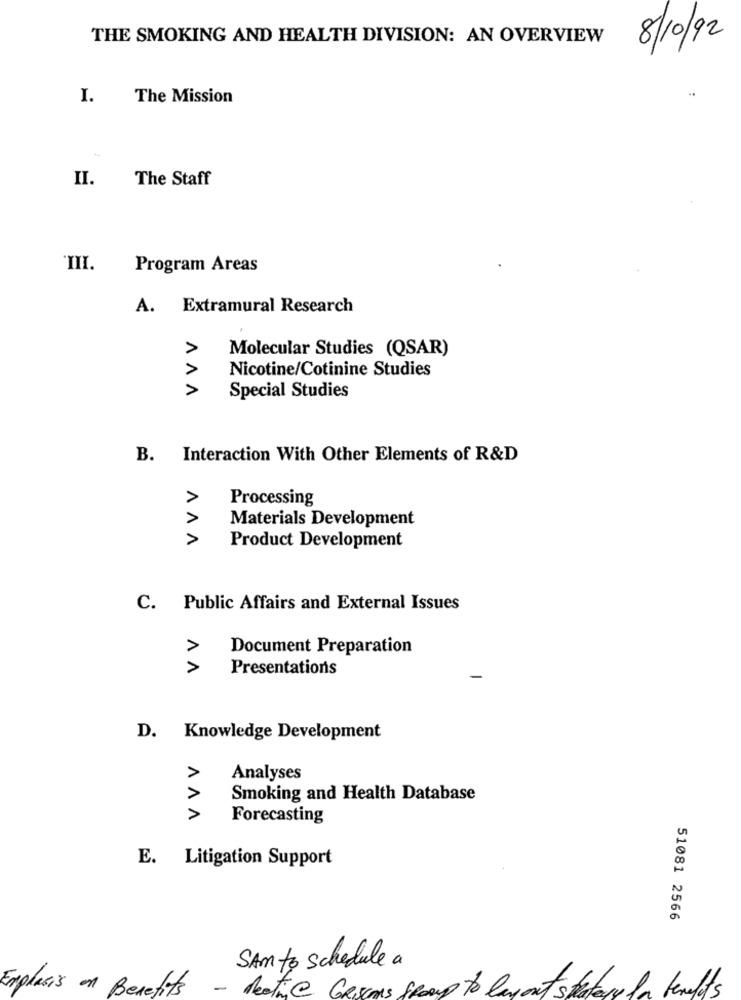
THE SMOKING AND HEALTH DIVISION: AN OVERVIEW
8/10/92
..
I.
The Mission
II.
The Staff
'III.
Program Areas
A. Extramural Research
Molecular Studies (QSAR)
Nicotine/Cotinine Studies
AAA
Special Studies
B. Interaction With Other Elements of R&D
Processing
Materials Development
ANA
Product Development
C. Public Affairs and External Issues
V V
Document Preparation
Presentations
D. Knowledge Development
Analyses
Smoking and Health Database
AAA
Forecasting
E. Litigation Support
51081 2566
SAM to Schedule a
Emphasis on Benefits
-
nestiye GRiscos group to layouts plates
la benefits